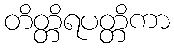
တိတ္တိရပတ္တိကာ